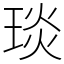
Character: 琰